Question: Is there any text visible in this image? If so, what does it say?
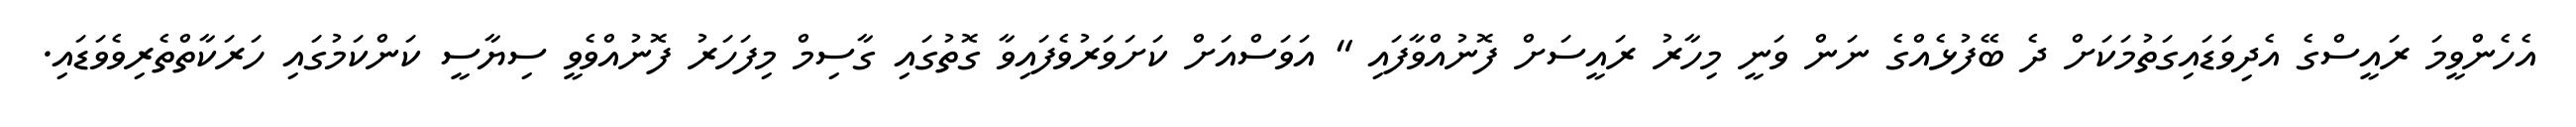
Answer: އެހެންވީމަ ރައީސްގެ އެދިވަޑައިގަތުމަކަށް ދެ ބޭފުޅެއްގެ ނަން ވަނީ މިހާރު ރައީސަށް ފޮނުއްވާފައި " އަވަސްއަށް ކަށަވަރުވެފައިވާ ގޮތުގައި ގާސިމް މިފަހަރު ފޮނުއްވެވީ ސިޔާސީ ކަންކަމުގައި ހަރަކާތްތެރިވެވަޑައި.